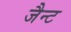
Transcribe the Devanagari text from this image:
जैन्ट